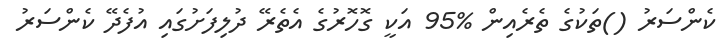
ކެންސަރު ()ތަކުގެ ތެރެއިން %95 އަކީ ގޮހޮރުގެ އެތެރޭ ދުލިފަށުގައި އުފެދޭ ކެންސަރު